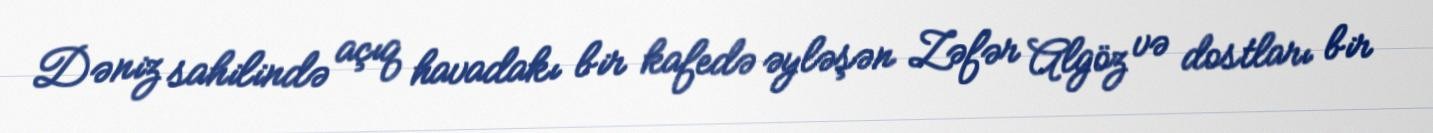
Dəniz sahilində açıq havadakı bir kafedə əyləşən Zəfər Algöz və dostları bir